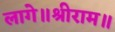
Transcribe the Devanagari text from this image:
लागे॥श्रीराम॥